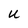
Character: U